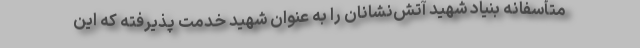
متأسفانه بنیاد شهید آتش‌نشانان را به عنوان شهید خدمت پذیرفته که این